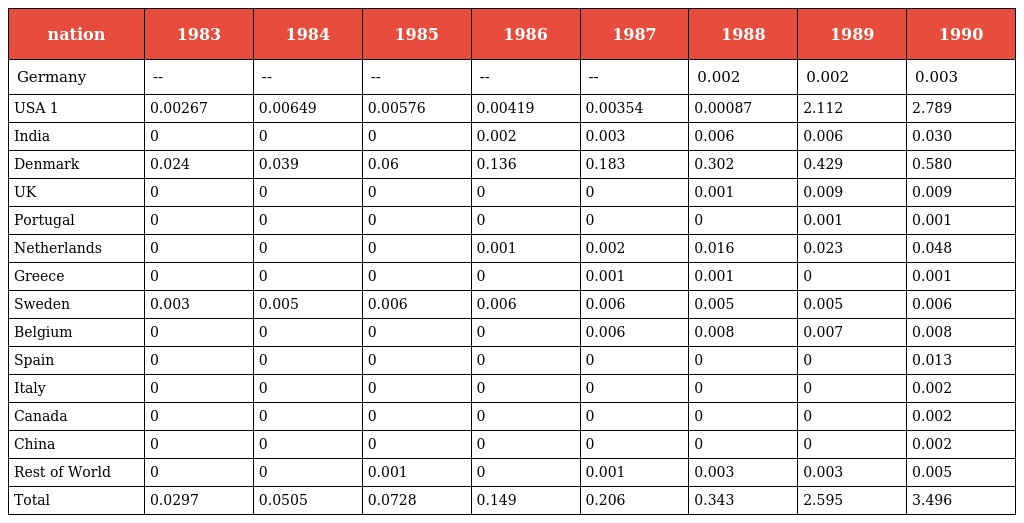
| nation | 1983 | 1984 | 1985 | 1986 | 1987 | 1988 | 1989 | 1990 |
 | --- | --- | --- | --- | --- | --- | --- | --- | --- |
 | Germany | -- | -- | -- | -- | -- | 0.002 | 0.002 | 0.003 |
 | USA 1 | 0.00267 | 0.00649 | 0.00576 | 0.00419 | 0.00354 | 0.00087 | 2.112 | 2.789 |
 | India | 0 | 0 | 0 | 0.002 | 0.003 | 0.006 | 0.006 | 0.030 |
 | Denmark | 0.024 | 0.039 | 0.06 | 0.136 | 0.183 | 0.302 | 0.429 | 0.580 |
 | UK | 0 | 0 | 0 | 0 | 0 | 0.001 | 0.009 | 0.009 |
 | Portugal | 0 | 0 | 0 | 0 | 0 | 0 | 0.001 | 0.001 |
 | Netherlands | 0 | 0 | 0 | 0.001 | 0.002 | 0.016 | 0.023 | 0.048 |
 | Greece | 0 | 0 | 0 | 0 | 0.001 | 0.001 | 0 | 0.001 |
 | Sweden | 0.003 | 0.005 | 0.006 | 0.006 | 0.006 | 0.005 | 0.005 | 0.006 |
 | Belgium | 0 | 0 | 0 | 0 | 0.006 | 0.008 | 0.007 | 0.008 |
 | Spain | 0 | 0 | 0 | 0 | 0 | 0 | 0 | 0.013 |
 | Italy | 0 | 0 | 0 | 0 | 0 | 0 | 0 | 0.002 |
 | Canada | 0 | 0 | 0 | 0 | 0 | 0 | 0 | 0.002 |
 | China | 0 | 0 | 0 | 0 | 0 | 0 | 0 | 0.002 |
 | Rest of World | 0 | 0 | 0.001 | 0 | 0.001 | 0.003 | 0.003 | 0.005 |
 | Total | 0.0297 | 0.0505 | 0.0728 | 0.149 | 0.206 | 0.343 | 2.595 | 3.496 |